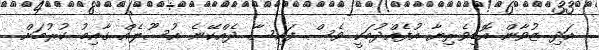
އަދި ޒުވާން އޮޑިވެރިޔާ އުފެއްދުމަކީ ވެސް ފައިސާ ދެއްކޭނެ އުސޫލެއް ގާއިމު ކުރުމަށް